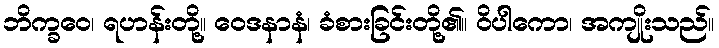
ဘိက္ခဝေ၊ ရဟန်းတို့။ ဝေဒနာနံ၊ ခံစားခြင်းတို့၏။ ဝိပါကော၊ အကျိုးသည်။